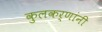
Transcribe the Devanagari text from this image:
कुलकर्णांनी